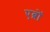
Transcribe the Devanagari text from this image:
एब्रों